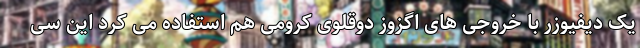
یک دیفیوزر با خروجی های اگزوز دوقلوی کرومی هم استفاده می کرد این سی